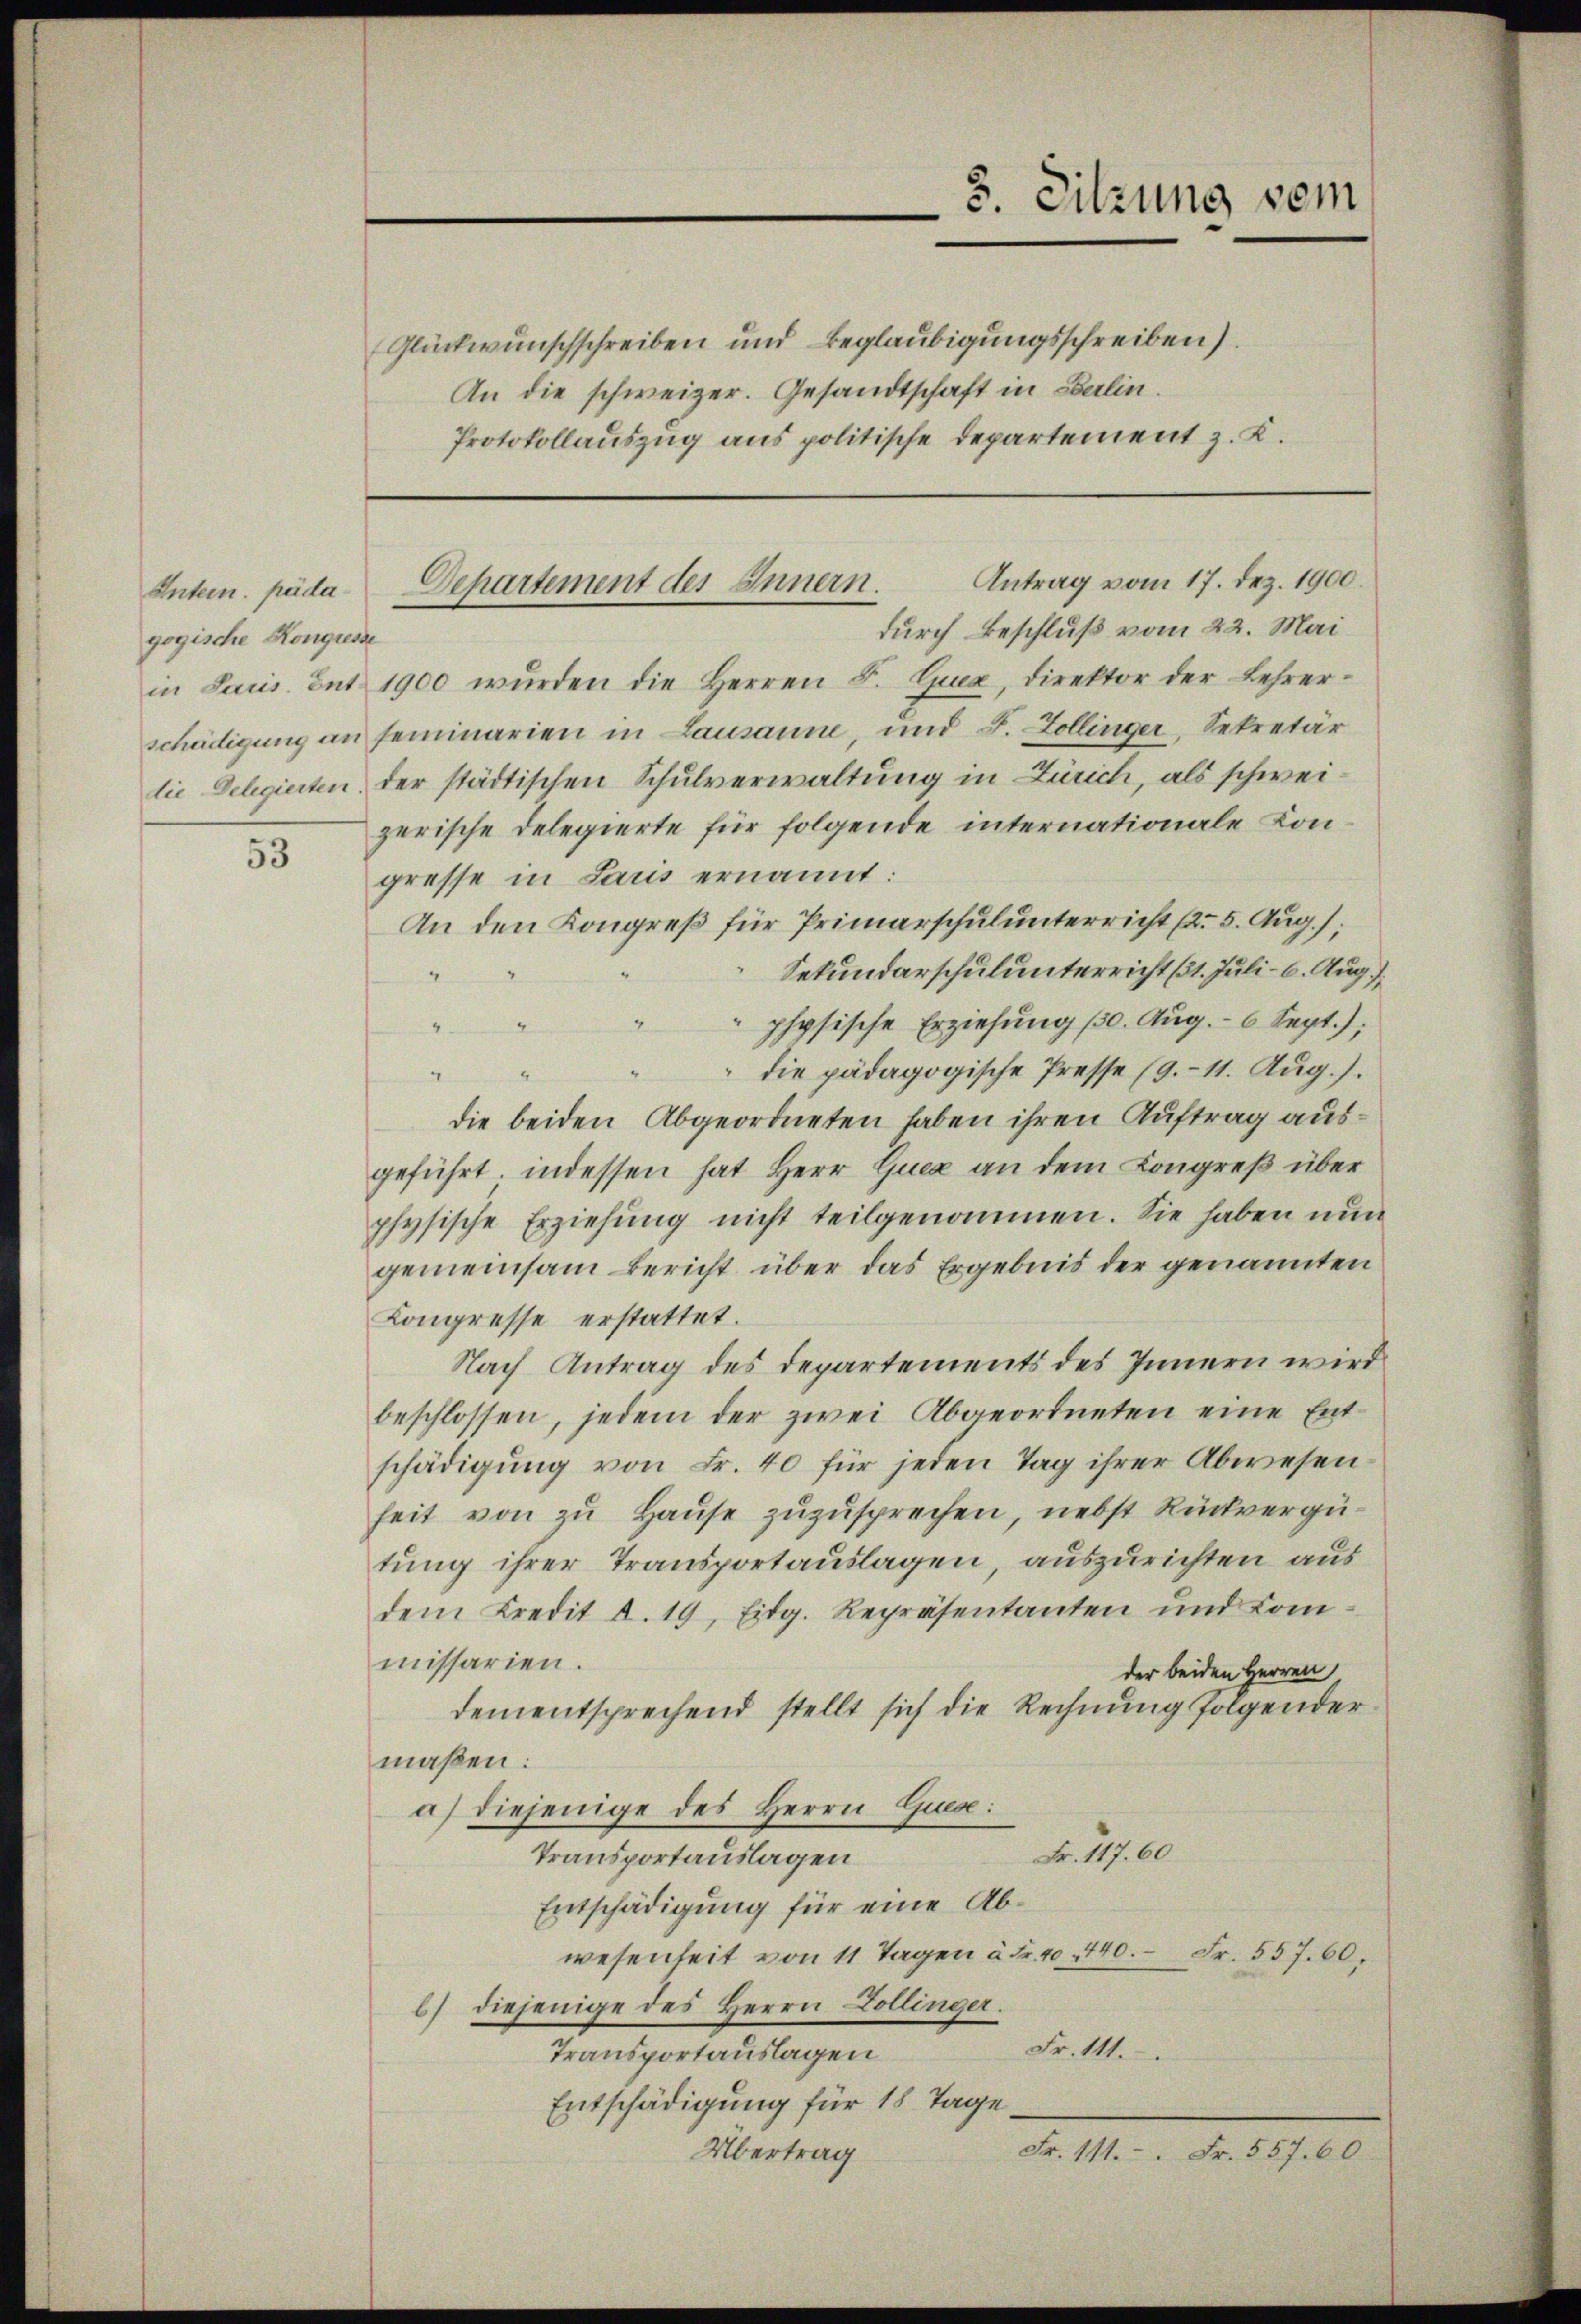
Entern. päda
gogische Kongress
in Paris. Ent-
schädigung an
die Delegierten

53

Glückwunschschreiben und Beglaubigungsschreiben.
An die schweizer. Gesandtschaft in Berlin.
Protokollauszug aus politische Departement z. K.

3. Sitzung sein

durch Beschluß vom 22. Mai
e
1900 wurden die Herren L. Ejua, direktor der Lehrer-
seminarien in Lausanne, und S. Zollinger, Sekretär
der städtischen Schulverwaltung in Zürich, als schweizerische Delegierte für folgende internationale Kongresse in Laus ernannt:
An den Kongreß für Primarschulunterricht (2. 5. Aug.);
Sekundarschulunterricht (31. Juli - 6. Aug.
4
physische Erziehŭng 10. Aŭg. - 6 Sept.);
2
d
4
" die pädagogische Presse (9.- 11. Aug.).
die beiden Abgeordneten haben ihren Auftrag ausgeführt, indessen hat Herr Quer an dem Congreß über
physische Erziehung nicht teilgenommen. Sie haben nun
gemeinsam bericht über das Ergebnis der genannten
Congresse erstattet.
Nach Antrag des Departements des Innern wird
beschlossen, jedem der zwei Abgeordneten eine Entschädigŭng von Fr. 40 für jeden Tag ihrer Abwesen
heit von zu Hause zuzusprechen, nebst Rückvergütung ihrer Transportauslagen, auszurichten aus
dem Kredit d. 19, Eidg. Repräsentanten und Commissarien.
der beiden Herren,
dementsprechend stellt sich die Rechnŭng folgender-
maßen:
a) diejenige des Herrn Quese:
Fr. 117. 60
Transportauslagen
Entschädigung für eine Abwesenheit von 11 Tagen à Fr. 40. 440. Fr. 557. 60.
b) diejenige des Herrn Dollinger.
Fr. 111.
Transportauslagen
Entschädigung für 18 Tage.
Übertrag
Fr. 111. Fr. 557. 60

Antrag vom 17. Dez. 1900.
Departement des Innern.